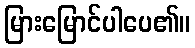
မြားမြောင်ပါပေ၏။